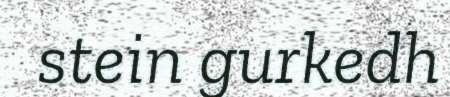
stein gurkedh